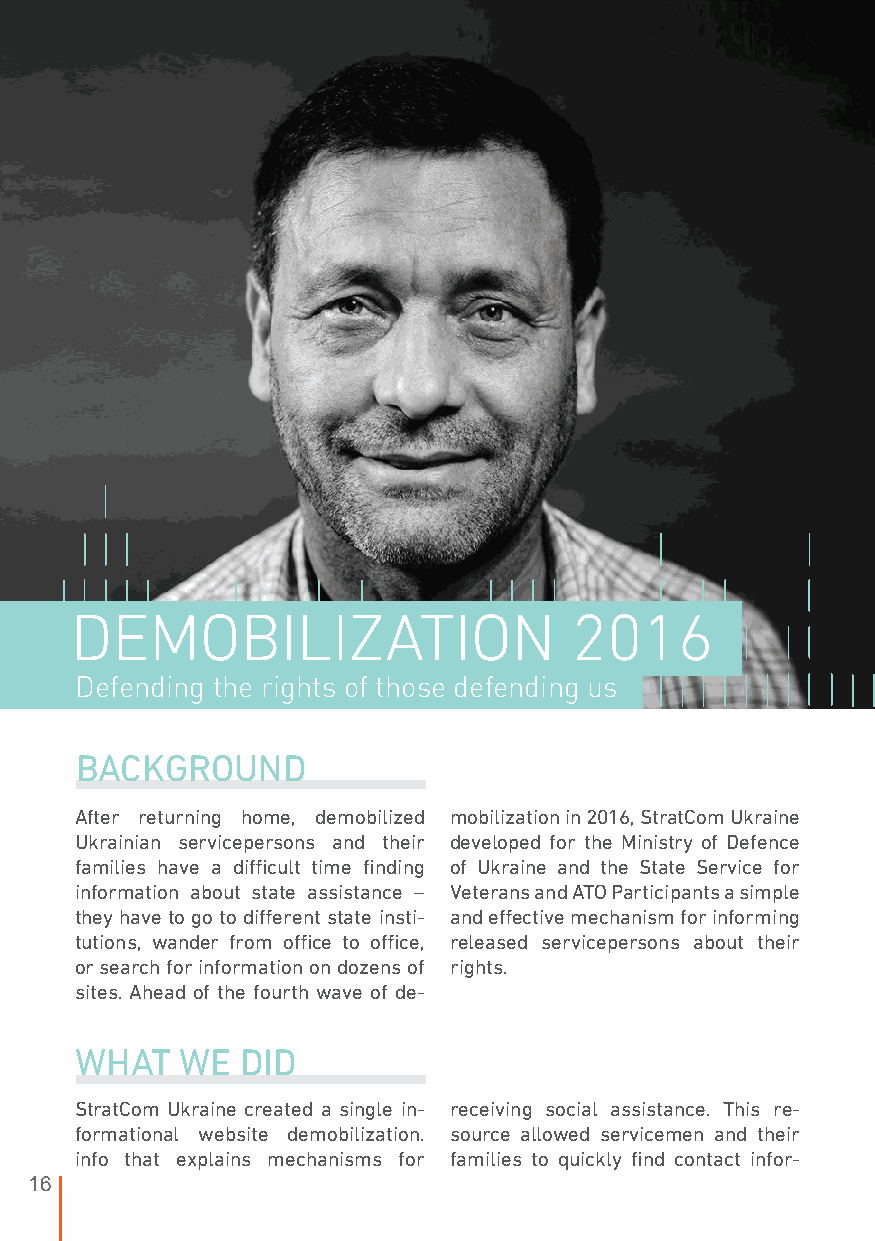
DEMOBILIZATION                   2016
 Defending the rights of those defending us
 BACKGROUND
 After returning home, demobilized mobilization in 2016, StratCom Ukraine
 Ukrainian servicepersons and their developed for the Ministry of Defence
 families have a difficult time finding of Ukraine and the State Service for
 information about state assistance – Veterans and ATO Participants a simple
 they have to go to different state insti- and effective mechanism for informing
 tutions, wander from office to office, released servicepersons about their
 or search for information on dozens of rights.
 sites. Ahead of the fourth wave of de-
 WHAT   WE  DID
 StratCom Ukraine created a single in- receiving social assistance. This re-
 formational website demobilization. source allowed servicemen and their
 info that explains mechanisms for families to quickly find contact infor-
 16